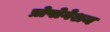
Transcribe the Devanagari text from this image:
प्रोपोगेशन